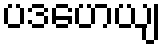
ပဒဟေယျ